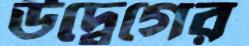
উদ্বেগের